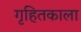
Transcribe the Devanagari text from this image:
गृहितकाला